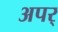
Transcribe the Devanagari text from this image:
अपर्